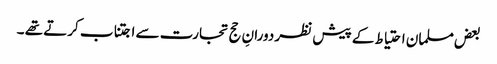
بعض مسلمان احتیاط کے پیش نظر دورانِ حج تجارت سے اجتناب کرتے تھے ۔